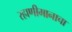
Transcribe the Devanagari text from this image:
रहाणीमानाचा